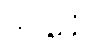
ဒုဋ္ဌမနံ